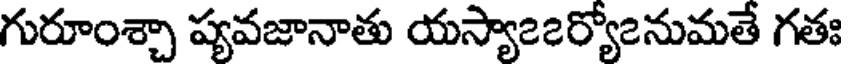
గురూంశ్చా ప్యవజానాతు యస్యా౭౭ర్యో౭నుమతే గతః